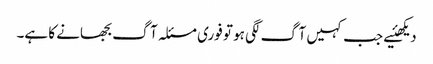
دیکھئیے جب کہیں آگ لگی ہو تو فوری مسئلہ آگ بجھانے کا ہے۔